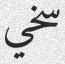
سخي